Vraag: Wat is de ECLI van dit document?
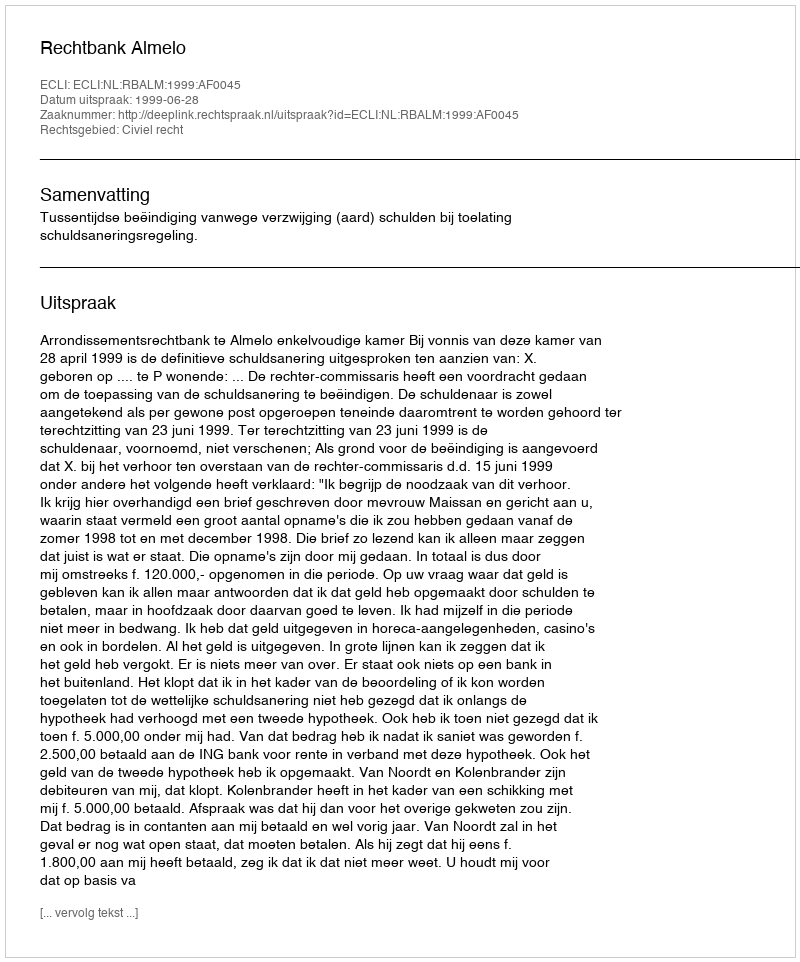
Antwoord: ECLI:NL:RBALM:1999:AF0045